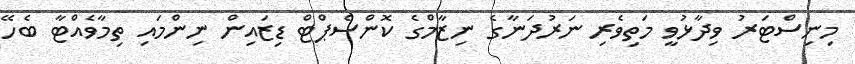
މިނިސްޓަރު ވިދާޅުވީ މަތިވެރި ނަރުދަނާގެ ނިޒާމްގެ ކޮންސެޕްޓް ޑިޒައިން ނިންމައި ތިމާވެއްޓާ ބެހޭ